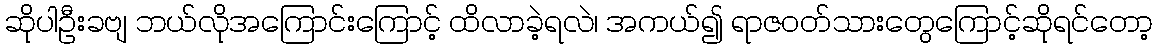
ဆိုပါဦးခဗျ ဘယ်လိုအကြောင်းကြောင့် ထိလာခဲ့ရလဲ၊ အကယ်၍ ရာဇ၀တ်သားတွေကြောင့်ဆိုရင်တော့